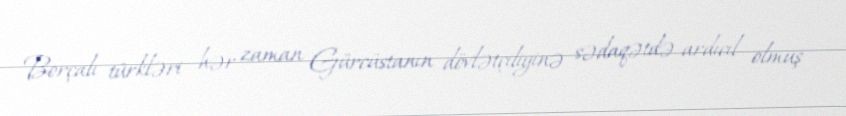
Borçalı türkləri hər zaman Gürcüstanın dövlətçiliyinə sədaqətdə ardıcıl olmuş